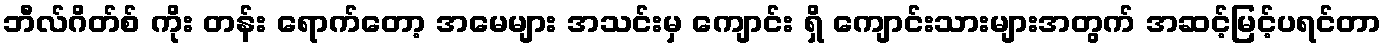
ဘီလ်ဂိတ်စ် ကိုး တန်း ရောက်တော့ အမေများ အသင်းမှ ကျောင်း ရှိ ကျောင်းသားများအတွက် အဆင့်မြင့်ပရင်တာ